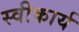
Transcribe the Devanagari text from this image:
स्‍वीकार्य